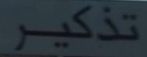
تذكر